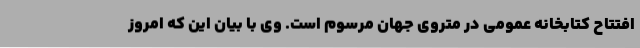
افتتاح کتابخانه عمومی در متروی جهان مرسوم است. وی با بیان این که امروز